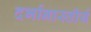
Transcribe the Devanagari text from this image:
दर्भानास्तीर्य